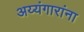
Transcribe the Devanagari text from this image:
अय्यंगारांना